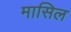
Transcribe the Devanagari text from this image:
मासिल